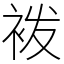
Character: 袯